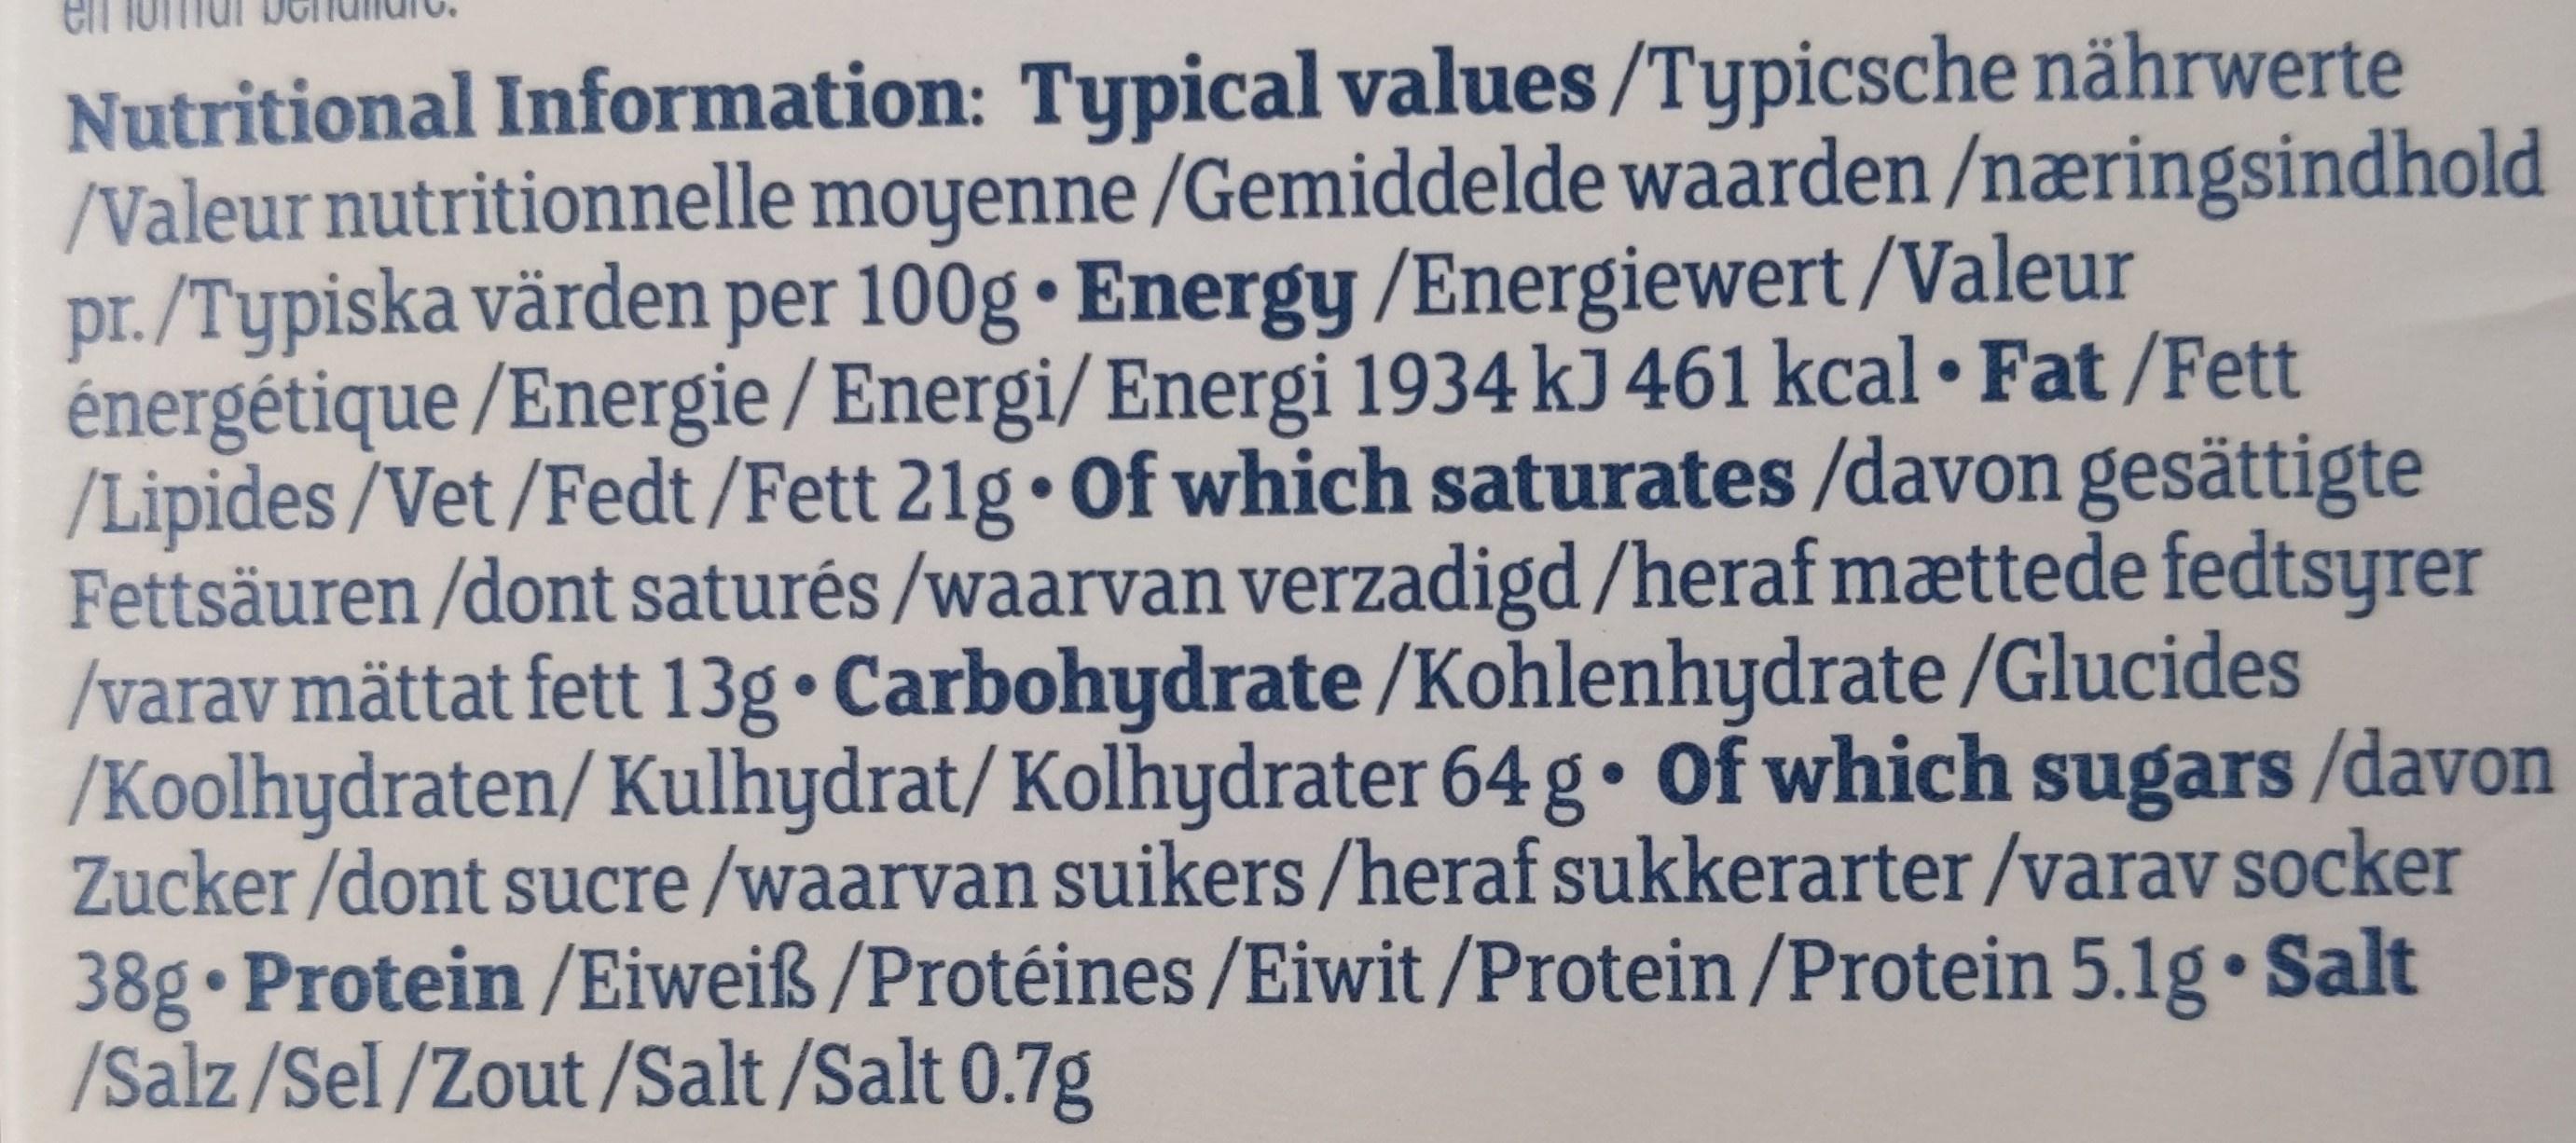
Nutritional Information: Typical values /Typicsche nährwerte /Valeur nutritionnelle moyenne /Gemiddelde waarden /næringsindhold pr./Typiska värden per 100g • Energy /Energiewert/Valeur énergétique /Energie / Energi/ Energi 1934 kJ 461 kcal • Fat /Fett /Lipides/Vet/Fedt/Fett 21g • Of which saturates /davon gesättigte Fettsäuren /dont saturés /waarvan verzadigd /heraf mættede fedtsyrer /varav mättat fett 13g• Carbohydrate /Kohlenhydrate /Glucides /Koolhydraten/ Kulhydrat/ Kolhydrater 64 g• of which sugars /davon Zucker /dont sucre /waarvan suikers /heraf sukkerarter /varav socker 38g Protein /Eiweiß /Protéines /Eiwit/Protein /Protein 5.1g• Salt /Salz /Sel /Zout /Salt/Salt 0.7g